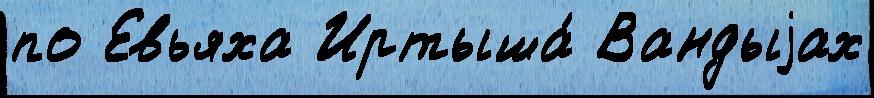
по Евьяха Иртыша́ Вандыjах